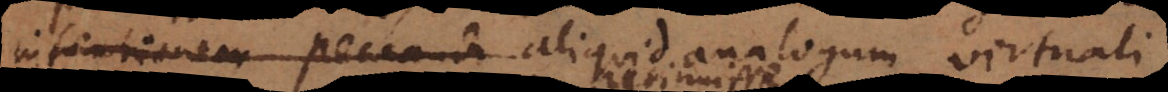
intentionem peccandi aliquid analogum virtuali